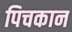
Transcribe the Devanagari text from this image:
पिचकान